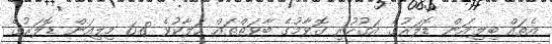
އެތައް ބިލިއަން ޑޮލަރުގެ އަގުހުރި ގޮވާމުގެ ބާވަތްތައް ހަލާކުވެ 6.8 މިލިއަން ޑޮލަރުގެ